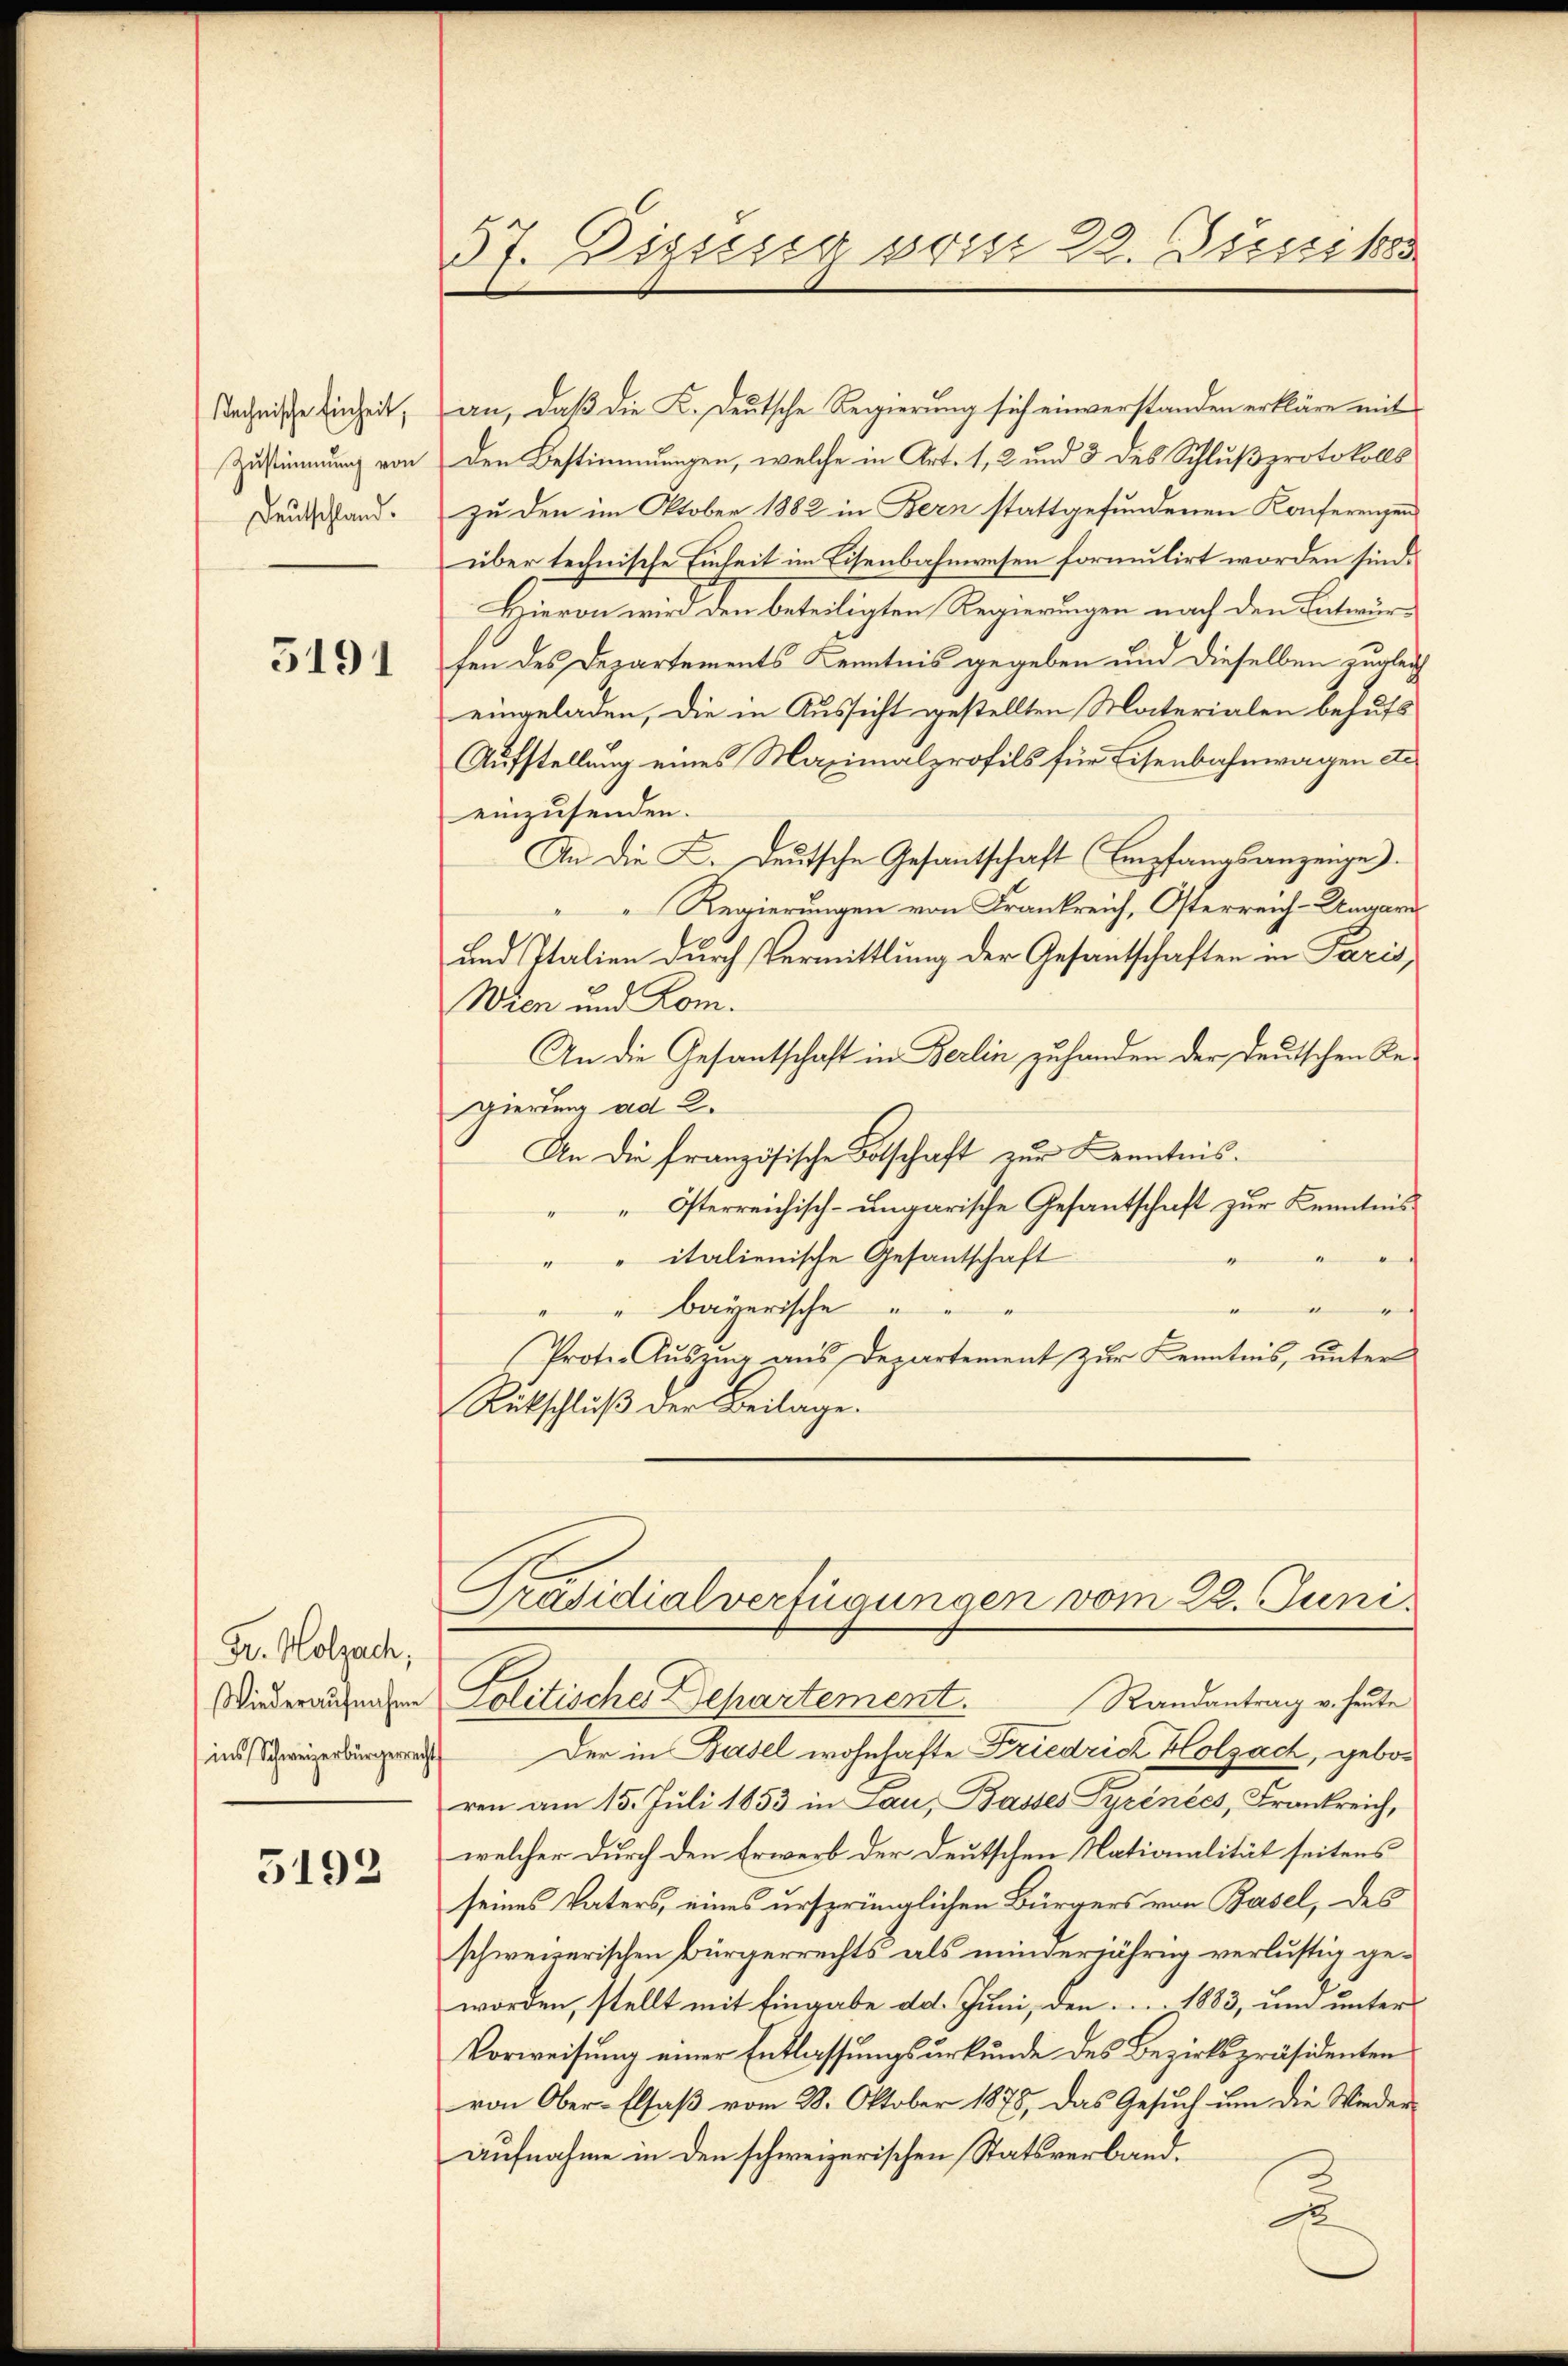
stechnische Einheit,
Zustimmung von
Deutschland.

5191

Fr. Holzach,
Niederaufnahme
ins Schweizerbürgerrecht

5192

37. Dizung vom 28. Juni 18

an, daß die K. Deutsche Regierung sich einverstanden erkläre mit
den Bestimmungen, welche in Art. 1, 2 und 3 des Schlußprotokolls
zu den im Oktober 1882 in Bern stattgefundenen Konferenzen
über technische Einheit im Eisenbahnwesen formulirt worden sind.
Hievon wird den beteiligten Regierungen nach den Entwurfen des Departements Kenntnis gegeben und dieselben zugleich
eingeladen, die in Aussicht gestellten Materialen behufs
Aufstellung eines Maximalprofils für Eisenbahnwagen de
einzusenden.
An die K. Deutsche Gesantschaft (Empfangsanzeuge).
Regierungen von Frankreich, Osterreich-Ungari
und Italien durch Vermittlung der Gesantschaften in Paris,
Wien und Rom.
An die Gesantschaft in Berlin zuhanden der deutschen Regierung ad 2.
An die französische Botschaft zur Kenntnis¬
Österreichisch-ungarische Gesantschaft zur Kenntnis
" " italienische Gesantschaft
" Bayerische
g
Protoo Auszug aus Departement zur Kenntnis, unter
Rückschluß der Beilage.
Präsidialverfügungen vom 28. Juni
Politische Departement. Randantrag u. heute
Der in Basel wohnhafte Friedrich Holzach, geboren am 15. Juli 1853 in Lau, Basses Pyrinées, Frankreich,
welcher durch den Erwerb der Deutschen Nationalität seitens
seines Vaters, eines ursprünglichen Bürgers von Basel, des
schweizerischen Bürgerrechts als minderjährig verlustig geworden, stellt mit Eingabe dd. Juni, den 1883, um unter
Vorweisung einer Entlassungsurkunde des Bezirkspräsidenten
von Ober-Elsaß vom 28. Oktober 1878, das Gesuch um die Wieder-
aufnahme in den schweizerischen Statsverband¬
u